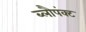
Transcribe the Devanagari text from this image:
ब्लौपंक्ट